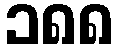
၁၈၈